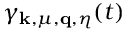
\gamma _ { \mathbf { k } , \mu , \mathbf { q } , \eta } ( t )